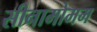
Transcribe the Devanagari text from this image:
सीनामोमम